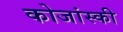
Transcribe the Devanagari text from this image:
कोजांस्की